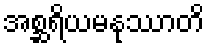
အစ္ဆရိယမနုဿာတိ